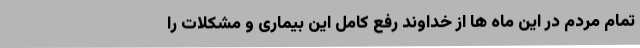
تمام مردم در این ماه ها از خداوند رفع کامل این بیماری و مشکلات را